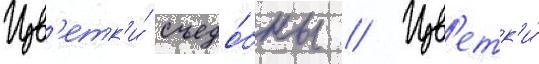
Цв'етк'и́ съедо́бны // Цв'етк'и́